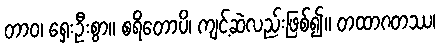
တာဝ၊ ရှေးဦးစွာ။ စရိတောပိ၊ ကျင့်ဆဲလည်းဖြစ်၍။ တထာဂတဿ၊